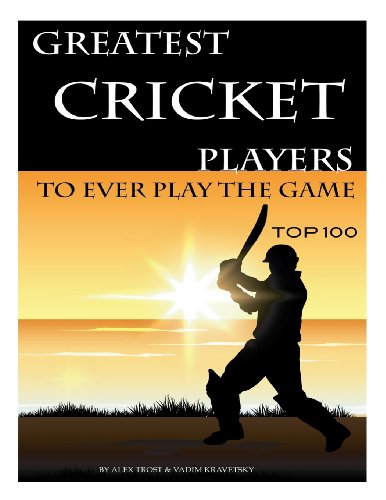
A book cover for Greatest Cricket Players to Ever Play the Game: Top 100; Alex Trost; Sports & Outdoors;